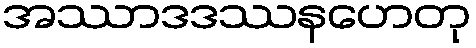
အဿာဒဒဿနဟေတု